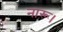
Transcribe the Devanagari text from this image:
नारू।